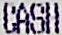
CASH